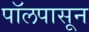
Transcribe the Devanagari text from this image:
पॉलपासून